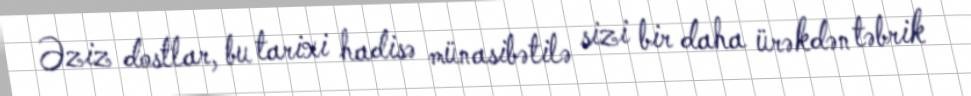
Əziz dostlar, bu tarixi hadisə münasibətilə sizi bir daha ürəkdən təbrik